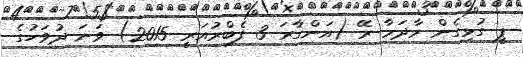
ޕީ ގުޅިގެން މާދަމާ ރޭ (އަންގާރަ 3 ފެބްރުއަރީ 2015) ވަނަ ދުވަހުގެ